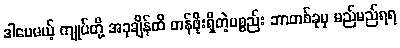
ဒါပေမယ့် ကျုပ်တို့ အခုချိန်ထိ တန်ဖိုးရှိတဲ့ပစ္စည်း ဘာတစ်ခုမှ မည်မည်ရရ